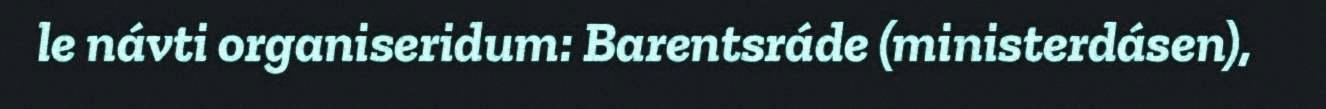
le návti organiseridum: Barentsráde (ministerdásen),